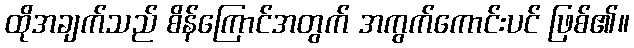
ထိုအချက်သည် စိန်ကြောင်အတွက် အကွက်ကောင်းပင် ဖြစ်၏။